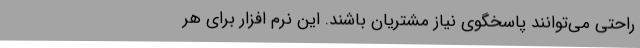
راحتی می‌توانند پاسخگوی نیاز مشتریان باشند. این نرم افزار برای هر